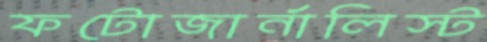
ফটোজার্নালিস্ট